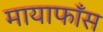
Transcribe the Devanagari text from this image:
मायाफाँस